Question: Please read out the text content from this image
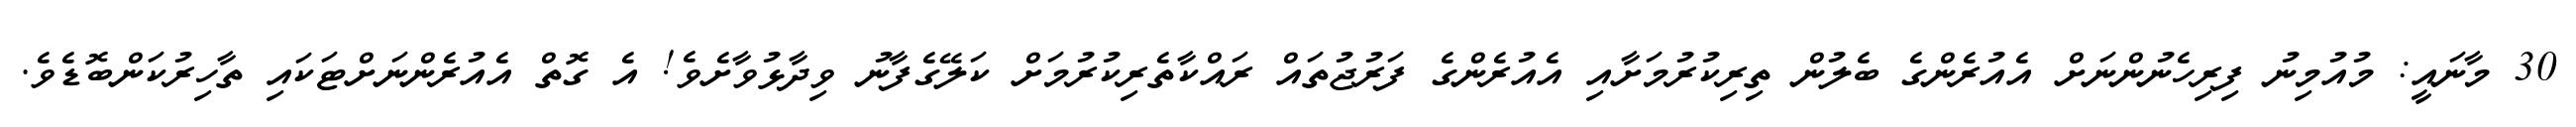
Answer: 30 މާނައީ: މުއުމިނު ފިރިހެނުންނަށް އެއުރެންގެ ބެލުން ތިރިކުރުމަށާއި އެއުރެންގެ ފަރުޖުތައް ރައްކާތެރިކުރުމަށް ކަލޭގެފާނު ވިދާޅުވާށެވެ! އެ ގޮތް އެއުރެންނަށްޓަކައި ތާހިރުކަންބޮޑެވެ.